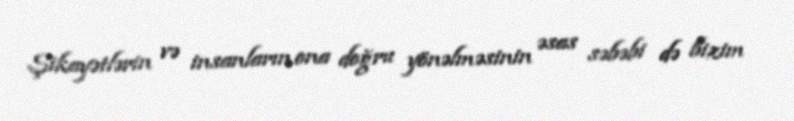
Şikayətlərin və insanların ona doğru yönəlməsinin əsas səbəbi də bizim